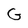
Character: G